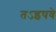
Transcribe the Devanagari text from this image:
तऽइषवे